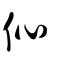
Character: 伈